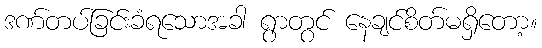
ဒဏ်တပ်ခြင်းခံရသောအခါ ရွာတွင် နေချင်စိတ်မရှိတော့။